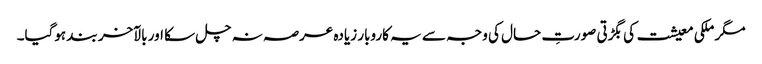
مگر ملکی معیشت کی بگڑتی صورتِ حال کی وجہ سے یہ کاروبار زیادہ عرصہ نہ چل سکا اور بالآخر بند ہوگیا۔